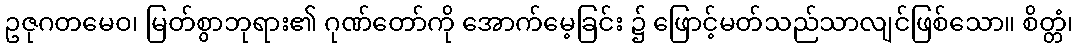
ဥဇုဂတမေဝ၊ မြတ်စွာဘုရား၏ ဂုဏ်တော်ကို အောက်မေ့ခြင်း ၌ ဖြောင့်မတ်သည်သာလျင်ဖြစ်သော။ စိတ္တံ၊